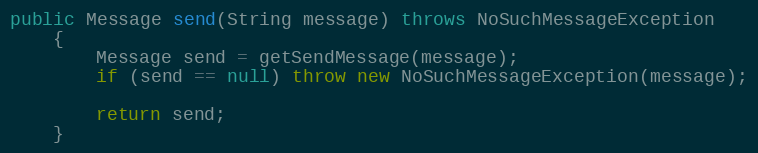
Language: Java
public Message send(String message) throws NoSuchMessageException
    {
        Message send = getSendMessage(message);
        if (send == null) throw new NoSuchMessageException(message);

        return send;
    }